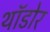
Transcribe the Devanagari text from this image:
थॉडोर